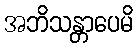
အဘိသန္တာပေမိ